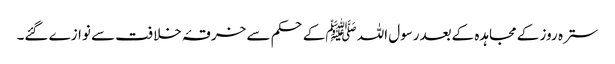
سترہ روز کے مجاہدہ کےبعدرسول اللہ ﷺکےحکم سے خرقۂ خلافت سے نوازے گئے۔